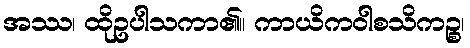
အဿ၊ ထိုဥပါသကာ၏။ ကာယိကဝါစသိကဉ္စ၊